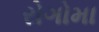
રોગોમા